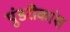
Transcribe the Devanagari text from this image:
पुंडरीकांश